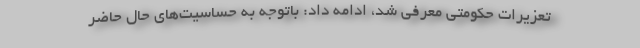
تعزیرات حکومتی معرفی شد، ادامه داد: باتوجه به حساسیت‌های حال حاضر